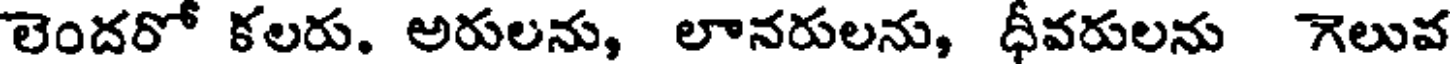
లెందరో కలరు. అరులను, లానరులను, ధీవరులను గెలువ